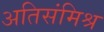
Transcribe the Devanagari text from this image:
अतिसंमिश्र